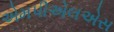
એમપીએલએસ